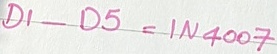
Text: D1-D5=IN4007